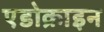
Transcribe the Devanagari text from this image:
एडोक्राइन